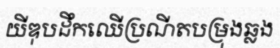
យីឌុបដឹកឈើប្រណីតបម្រុងឆ្លង